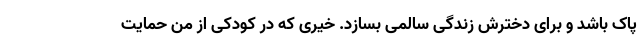
پاک باشد و برای دخترش زندگی سالمی بسازد. خیری که در کودکی از من حمایت